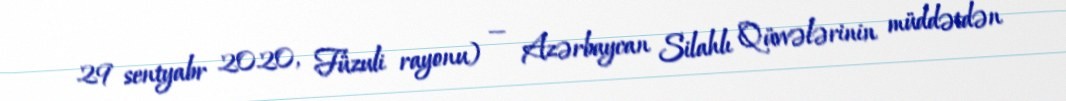
29 sentyabr 2020, Füzuli rayonu) — Azərbaycan Silahlı Qüvvələrinin müddətdən